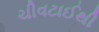
ચીવટાઈથી